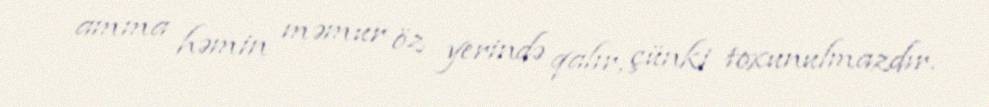
amma həmin məmur öz yerində qalır, çünki toxunulmazdır.